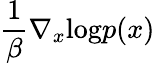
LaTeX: \frac{1}{\beta}\nabla_{x}\textrm{log}p(x)